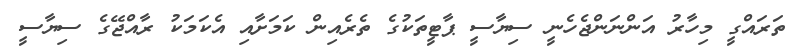
ތަރައްގީ މިހާރު އަންނަންޖެހެނީ ސިޔާސީ ޕާޓީތަކުގެ ތެރެއިން ކަމަށާއި އެކަމަކު ރާއްޖޭގެ ސިޔާސީ